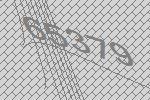
65379